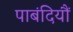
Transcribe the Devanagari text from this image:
पाबंदियौं